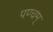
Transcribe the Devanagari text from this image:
पण्चम्